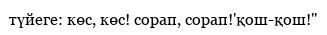
түйеге: көс, көс! сорап, сорап!'қош-қош!"